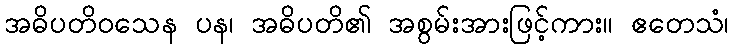
အဓိပတိဝသေန ပန၊ အဓိပတိ၏ အစွမ်းအားဖြင့်ကား။ ဧတေသံ၊